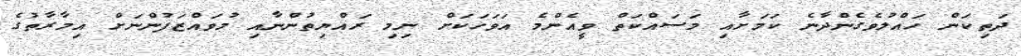
ދަތިކަން ހައްލުވެގެންދާނެ ކަމަށާއި މަސައްކަތް ވީއެންމެ އަވަހަކަށް ނިމި ރައްޔިތުންނާއި މުވައްޒަފުންނަށް އިމާރާތުގެ